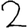
Digit: 2